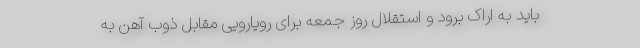
باید به اراک برود و استقلال روز جمعه برای رویارویی مقابل ذوب آهن به